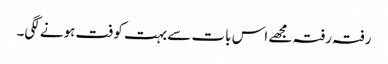
رفتہ رفتہ مجھے اس بات سے بہت کوفت ہونے لگی۔